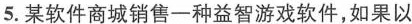
5.某软件商城销售一种益智游戏软件，如果以